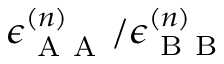
\epsilon _ { \mathrm { ~ A ~ A ~ } } ^ { ( n ) } / \epsilon _ { \mathrm { ~ B ~ B ~ } } ^ { ( n ) }